Vital statistics of India. Vol. IV, Annual returns from 1871 to 1876. British Army of India, Native Army and jails of Bengal
Year: 1871
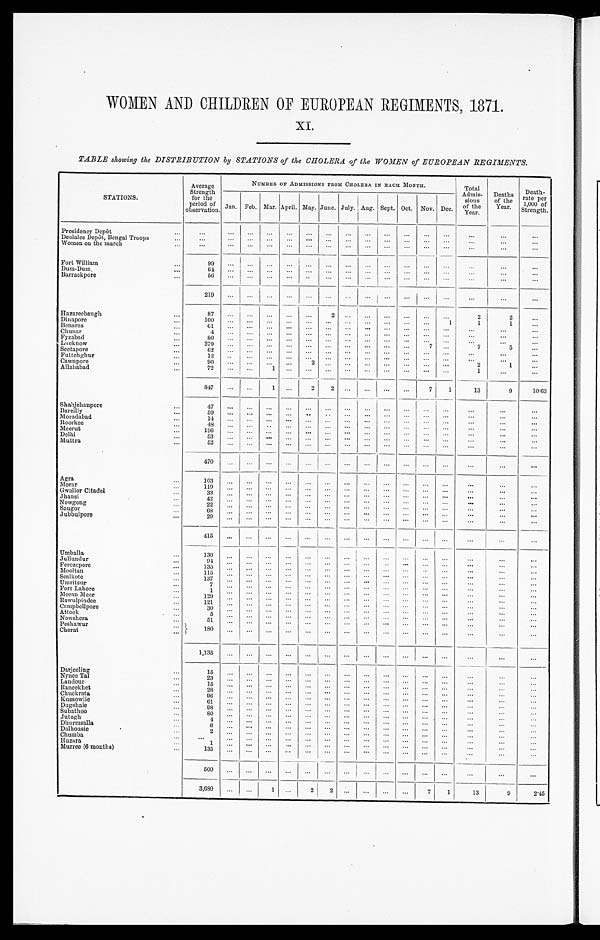
WOMEN AND CHILDREN OF EUROPEAN REGIMENTS, 1871.
XI.
TABLE showing the DISTRIBUTION by STATIONS of the CHOLERA of the WOMEN of EUROPEAN REGIMENTS.
STATIONS.
Average
Strength
for the
period of
observation.
NUMBER OF ADMISSIONS FROM CHOLERA IN EACH MONTH.
Total
Admis-
sions
of the
Year.
Deaths
of the
Year.
Death-
rate per
1,000 of
Strength.
Jan. Feb. Mar. April. May. June. July. Aug. Sept. Oct. Nov. Dec.
Presidency Depôt
. . .
. . .
. . .
. . . . . .
. . .
. . .
. . .
. . . . . .
. . .
. . .
. . .
. . .
. . .
. . .
Deolalee Depôt, Bengal Troops
. . .
. . .
. . .
. . .
. . .
. . .
. . .
. . .
. . .
. . .
. . .
. . .
. . .
. . .
. . .
. . .
Wo me n o n t h e ma r c h
. . .
. . . . . .
. . .
. . .
. . .
. . .
. . .
. . .
. . .
. . .
. . .
. . .
. . .
. . .
. . .
Fort William
9 9
. . . . . .
. . .
. . .
. . .
. . .
. . .
. . .
. . .
. . .
. . .
. . .
. . .
. . .
. . .
Dum-DUm
6 4
. . .
. . .
. . .
. . .
. . .
. . .
. . .
. . .
. . .
. . .
. . .
. . .
. . .
. . .
. . .
B a r r a c k p o r e
5 6
. . .
. . .
. . .
. . .
. . .
. . .
. . .
. . .
. . .
. . .
. . .
. . .
. . .
. . .
. . .
2 1 9
. . . . . .
. . .
. . .
. . .
. . .
. . .
. . .
. . .
. . .
. . .
. . .
. . .
. . .
. . .
Hazareebaugh
8 7 . . .
. . .
. . .
. . .
. . .
2 . . .
. . .
. . .
. . .
. . .
. . .
2
2
. . .
Dinapore
1 0 0
. . .
. . .
. . .
. . .
. . .
. . .
. . .
. . .
. . . . . .
. . .
1
1
1
. . .
Benares
6 1 . . .
. . .
. . .
. . .
. . .
. . .
. . .
. . .
. . .
. . .
. . .
. . .
. . .
. . .
. . .
Chunar
4
. . .
. . .
. . .
. . .
. . .
. . .
. . .
. . .
. . .
. . .
. . .
. . .
. . .
. . .
. . .
Fyzabad
8 0 . . .
. . .
. . .
. . .
. . . . . .
. . . . . .
. . .
. . .
. . . . . .
. . .
. . .
. . .
Lucknow
2 7 9
. . . . . .
. . .
. . .
. . .
. . .
. . .
. . . . . .
. . .
7
. . .
7
5
. . .
S e e t a p o r e
6 2
. . .
. . .
. . .
. . .
. . .
. . .
. . .
. . .
. . . . . .
. . .
. . .
. . .
. . .
. . .
Futtehghur
1 2
. . .
. . .
. . .
. . .
. . .
. . . . . .
. . . . . .
. . .
. . .
. . . . . .
. . .
. . .
Cawnpore
9 0
. . .
. . .
. . .
. . .
2
. . .
. . .
. . .
. . .
. . .
. . .
. . . 2
1
. . .
Allahabad
7 2 . . .
. . .
1
. . .
. . .
. . .
. . .
. . .
. . .
. . .
. . .
. . .
1
. . .
. . .
8 4 7
. . .
. . .
1 . . .
2
2 . . .
. . .
. . .
. . .
7
1
1 3
9
1 0 · 6 3
Shahjehanpore
4 7 . . .
. . .
. . .
. . .
. . .
. . .
. . .
. . .
. . .
. . .
. . .
. . .
. . .
. . .
. . .
Bareilly
5 9 . . .
. . .
. . .
. . .
. . .
. . .
. . .
. . .
. . .
. . .
. . .
. . . . . .
. . .
. . .
M o r a d a b a d
1 4 . . .
. . .
. . .
. . .
. . . . . .
. . .
. . .
. . .
. . .
. . .
. . .
. . .
. . .
. . .
Roorkee
4 8 . . .
. . .
. . .
. . .
. . .
. . .
. . .
. . .
. . .
. . .
. . .
. . .
. . .
. . .
. . .
Meerut
1 9 6
. . .
. . .
. . .
. . .
. . .
. . .
. . .
. . .
. . .
. . .
. . . . . .
. . .
. . .
. . .
D e l h i
5 3 . . .
. . .
. . .
. . .
. . .
. . . . . .
. . .
. . .
. . .
. . .
. . .
. . .
. . .
. . .
Muttra
5 2
. . . . . .
. . .
. . .
. . .
. . .
. . .
. . .
. . .
. . .
. . .
. . .
. . .
. . .
. . .
4 7 0 . . .
. . .
. . .
. . .
. . .
. . .
. . .
. . .
. . .
. . .
. . .
. . .
. . .
. . .
. . .
Agra
1 0 3 . . .
. . .
. . .
. . .
. . .
. . .
. . .
. . . . . .
. . .
. . .
. . .
. . .
. . .
. . .
Morar
1 1 9
. . .
. . . . . .
. . .
. . .
. . .
. . .
. . .
. . .
. . .
. . . . . .
. . .
. . .
. . .
Gwalior Citadel
3 3 . . .
. . .
. . .
. . .
. . .
. . .
. . .
. . .
. . .
. . .
. . .
. . .
. . .
. . .
. . .
J h a n s i
4 2 . . .
. . .
. . .
. . .
. . .
. . .
. . .
. . . . . .
. . .
. . .
. . .
. . .
. . .
. . .
Nowgong
2 2 . . .
. . .
. . .
. . .
. . .
. . .
. . .
. . .
. . .
. . .
. . .
. . . . . .
. . .
. . .
S a u g o r
6 8 . . .
. . .
. . .
. . .
. . .
. . .
. . .
. . .
. . .
. . .
. . . . . .
. . .
. . .
. . .
Jubbulpore
2 9
. . . . . .
. . .
. . . . . .
. . . . . .
. . .
. . .
. . .
. . .
. . . . . .
. . .
. . .
4 1 5
. . .
. . .
. . .
. . .
. . .
. . .
. . .
. . .
. . .
. . .
. . .
. . .
. . .
. . .
. . .
U m b a l l a
1 3 0
. . .
. . .
. . .
. . .
. . .
. . .
. . .
. . .
. . .
. . .
. . .
. . . . . .
. . .
. . .
Jullundur
9 4
. . .
. . .
. . .
. . .
. . .
. . .
. . .
. . .
. . .
. . .
. . . . . .
. . .
. . .
. . .
Ferozepore
1 3 5 . . .
. . .
. . .
. . .
. . .
. . .
. . .
. . . . . .
. . . . . .
. . .
. . .
. . .
. . .
Mooltan
1 1 5 . . .
. . .
. . .
. . .
. . . . . .
. . .
. . .
. . .
. . . . . .
. . .
. . .
. . .
. . .
Sealkote
1 3 7
. . .
. . .
. . .
. . .
. . . . . .
. . .
. . .
. . .
. . .
. . .
. . . . . .
. . .
. . .
Umritsur
7
. . .
. . .
. . .
. . .
. . .
. . .
. . .
. . .
. . . . . .
. . .
. . .
. . .
. . .
. . .
F o r t L a h o r e
1 . . .
. . .
. . .
. . .
. . . . . .
. . .
. . .
. . .
. . .
. . .
. . .
. . .
. . .
. . .
Meean Meer
1 2 9 . . .
. . .
. . .
. . .
. . .
. . .
. . .
. . .
. . .
. . .
. . .
. . .
. . .
. . .
. . .
R a w u l p i n d e e
1 2 1
. . .
. . .
. . .
. . .
. . .
. . .
. . .
. . . . . .
. . .
. . .
. . .
. . .
. . .
. . .
Campbellpore
3 0 . . .
. . .
. . .
. . .
. . .
. . .
. . .
. . . . . .
. . .
. . .
. . . . . .
. . .
. . .
A t t o c k
5 . . .
. . .
. . .
. . .
. . .
. . .
. . .
. . .
. . .
. . .
. . .
. . .
. . .
. . . . . .
N o w s h e r a
5 1 . . .
. . .
. . .
. . .
. . .
. . .
. . .
. . .
. . .
. . .
. . .
. . .
. . .
. . .
. . .
P e s h a w u r
1 8 0
. . .
. . . . . .
. . .
. . .
. . .
. . .
. . .
. . .
. . .
. . . . . .
. . .
. . .
. . .
Cherat
1 , 1 3 5
. . .
. . .
. . .
. . .
. . .
. . .
. . .
. . .
. . .
. . .
. . .
. . .
. . .
. . .
. . .
Darjeeling
1 5 . . .
. . . . . .
. . .
. . . . . .
. . .
. . .
. . .
. . .
. . .
. . .
. . .
. . .
. . .
Nynee Tal
2 3
. . .
. . .
. . .
. . .
. . .
. . .
. . .
. . .
. . . . . .
. . .
. . .
. . . . . .
. . .
L a n d o u r
1 5 . . .
. . .
. . .
. . .
. . .
. . .
. . .
. . .
. . .
. . .
. . .
. . .
. . .
. . .
. . .
Raneekhet
2 8 . . .
. . .
. . .
. . .
. . .
. . .
. . .
. . .
. . .
. . . . . .
. . .
. . .
. . . . . .
Chuckrata
9 6 . . .
. . .
. . .
. . .
. . .
. . .
. . .
. . .
. . .
. . .
. . .
. . .
. . . . . .
. . .
Kussowlie
6 1 . . .
. . .
. . .
. . .
. . .
. . . . . .
. . .
. . .
. . .
. . . . . .
. . .
. . .
. . .
D u g s h a i e
9 8 . . .
. . .
. . .
. . . . . .
. . .
. . .
. . . . . .
. . .
. . .
. . .
. . .
. . .
. . .
Subathoo
8 0
. . .
. . .
. . .
. . .
. . .
. . .
. . .
. . .
. . .
. . .
. . .
. . .
. . .
. . .
. . .
Jutogh
4 . . .
. . .
. . .
. . .
. . .
. . .
. . .
. . .
. . .
. . .
. . .
. . .
. . . . . .
. . .
Dhurmsalla
6
. . .
. . . . . .
. . .
. . .
. . .
. . .
. . .
. . . . . .
. . . . . .
. . .
. . .
. . .
Dalhousie
2
. . .
. . .
. . .
. . .
. . .
. . .
. . .
. . .
. . .
. . .
. . .
. . .
. . .
. . .
. . .
C h u m b a
. . .
. . .
. . . . . .
. . .
. . .
. . .
. . .
. . .
. . .
. . .
. . . . . .
. . .
. . .
. . .
Huzara
1
. . .
. . . . . .
. . .
. . .
. . .
. . .
. . .
. . .
. . .
. . .
. . .
. . .
. . .
. . .
Murree (6 months)
1 3 5 . . .
. . .
. . .
. . .
. . .
. . .
. . .
. . .
. . .
. . .
. . .
. . .
. . .
. . .
. . .
5 0 0
. . .
. . .
. . .
. . .
. . .
. . .
. . . . . .
. . .
. . .
. . .
. . .
. . .
. . .
. . .
3 , 6 8 0
. . .
. . .
1
. . .
2
2
. . .
. . .
. . .
. . .
7
1
1 3
9
2 · 4 5